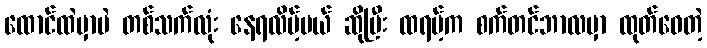
ထောင်ထဲမှာပဲ တစ်သက်လုံး နေရလိမ့်မယ် ဆိုပြီး ထရမ့်က စက်တင်ဘာလမှာ ထုတ်ဝေတဲ့